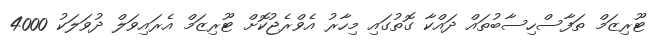
ޓޫރިޒަމް ތަފާސްހިސާބުތައް ދައްކާ ގޮތުގައި މިހާރު އެވްރެޖުކޮށް ޓޫރިޒަމް އެރައިވަލް ދުވަލަކު 4000